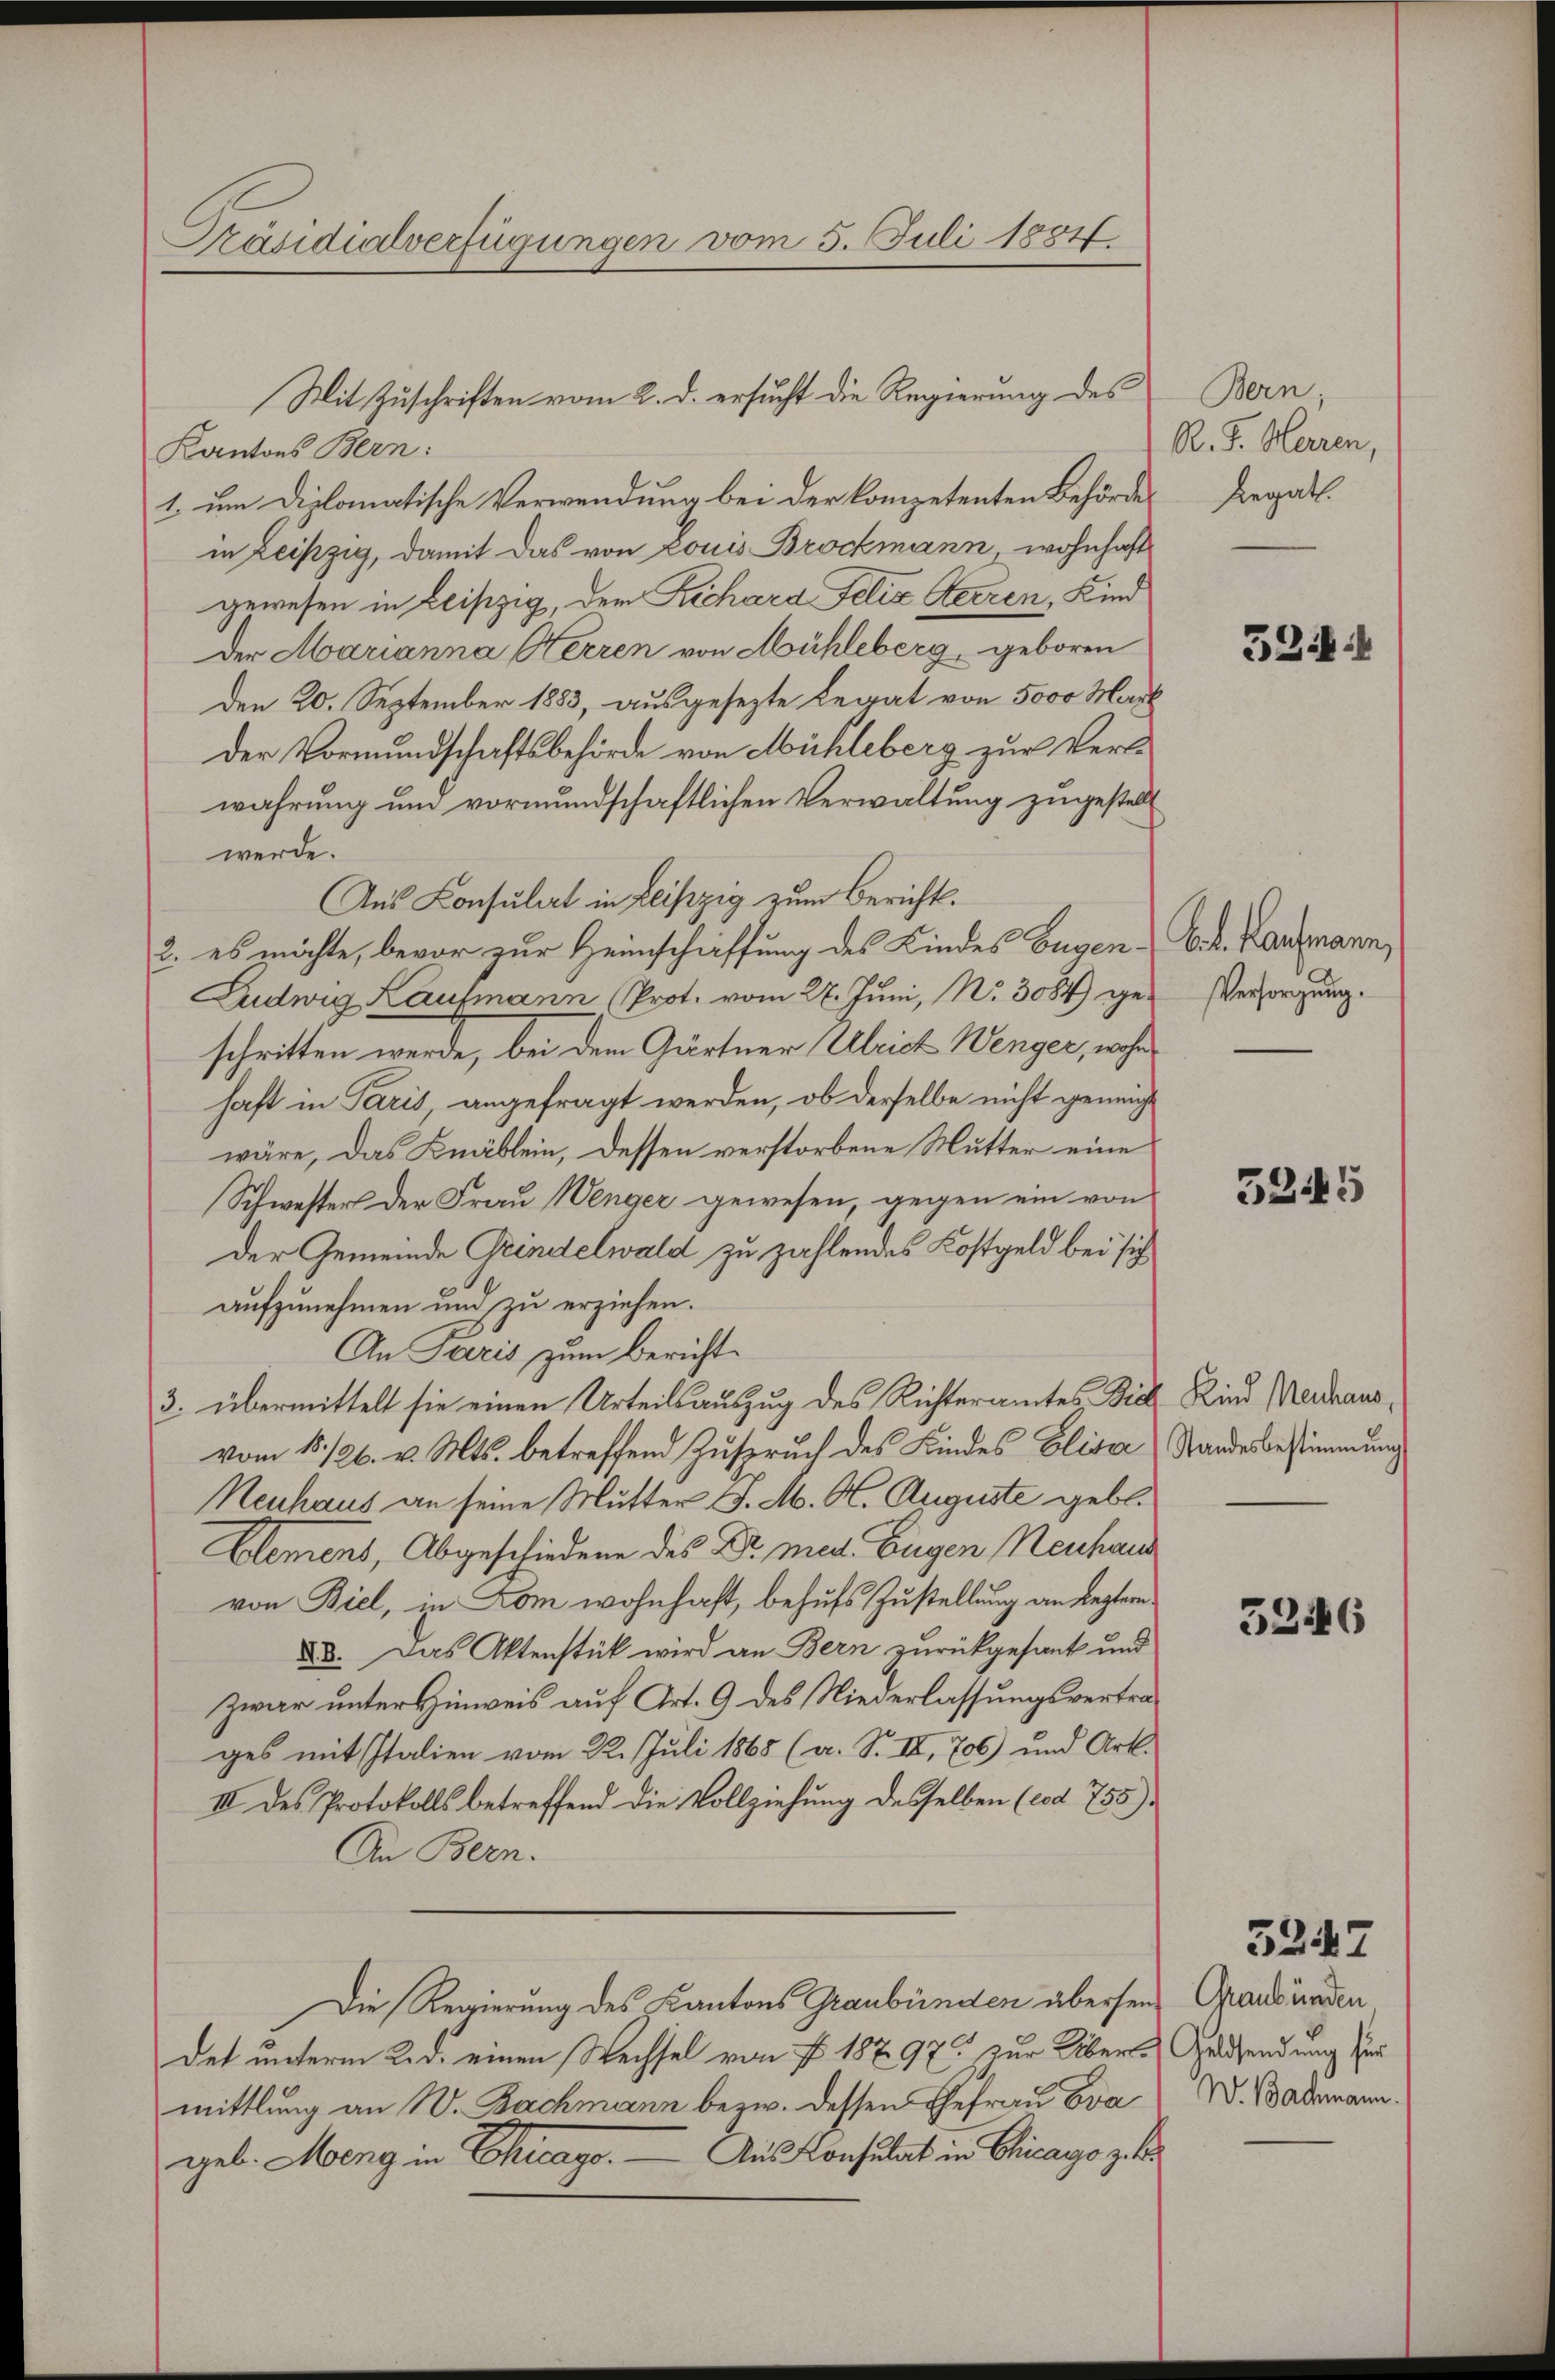
Präsidialverfügungen vom 5. Juli 1884.

Kantons Bern:
1. um diplomatische Verwendung bei der Competenten Behördein Leipzig, damit das von Louis Brockmann wohnhaft
gewesen in Leipzig, der Richard Felix Herren, Kind
der Marianna Herren von Mühleberg geboren
den 20. September 1883, ausgesezte Legat von 5000 Mark
Der Vormundschaftsbehörde von Mühleberg zur Verlwahrung und vormundschaftlichen Verwaltung zugestellt
werde.
Aus Konsulat in Leipzig zum Bericht.
2. es möchte, bevor zur Heimschaffung des Kindes Eugen k. k. Kaufmann,
Ludwig Kaufmann (Prot. vom 27. Juni, No. 3084) geschritten werde, bei dem Gärtner Ulrich Wenger, woher
haft in Paris, angefragt werden, ob derselbe nicht geneichwäre, das Knäblein, dessen verstorbene Mutter eine
Schwester der Frau Wenger gewesen, gegen ein von
Der Gemeinde Grindelwald zu zahlendes Kostgeld bei sich
aufzunehmen und zu erziehen.
An Paris zum Bericht¬
3. übermittelt sie einen Urteilsauszug des Richteramtes Dich Kind Neidhausvom 15./26. v. Mts. betreffend Zuspruch des Kindes Elisa Standesbestimmung
Neuhaus an seine Mutter J. M. M. Auguste geb.
Elemens, Abgeschiedene des Dr. med. Eugen Neuhaus
von Biel, in Dom wohnhaft, behufs Zustellung an leztern
88. Das Aktenstück wird an Bern zurückgesank und
Zwar unter Hinweis auf Art. 9 des Niederlassungsvertrages mit Italien vom 22. Juli 1868 (a. S. II, 706) und Art.
III. des Protokolls betreffend die Vollziehung desselben (cod 755).
An Bern.
Die Regierung des Kantons Graubünden abersen Graubünden
det unterm 2. d. einen Wechsel von § 18797. zur Über-Geldsendung zur
mittlung an W. Bachmann bezw. dessen Ehefrau Eva
geb. Meng in Chicago. — Aus Konsulat in Chicago z.

Mit Zuschriften vom 2. d. ersucht die Regierung des

Bern;
R. F. Herren,
Regalt.

521

Versorgung.

3345

5246

5247

W. Bademann.